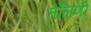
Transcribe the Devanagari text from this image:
तेलिणी